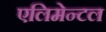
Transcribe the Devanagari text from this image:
एलिमेन्टल